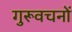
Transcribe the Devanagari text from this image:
गुरूवचनों